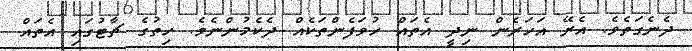
ދެނެގަތެވެ. އެރޭ އަހަރެން ނިދީ އެތައް ހުވަފެންތަކެއް ދެކެމުންނެވެ. ހިތުގެ ޗާޓުގައި އެތައް